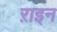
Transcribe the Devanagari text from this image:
ऱाइन